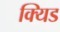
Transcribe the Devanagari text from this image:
क्यिड